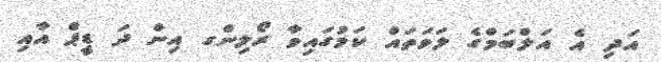
އަދި އެ އަލްބަމްގެ ލަވަތައް ކަމުގައިވާ ރޯލިންގ އިން ދަ ޑީޕް އާއި